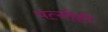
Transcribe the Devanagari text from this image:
पत्‍नीही